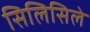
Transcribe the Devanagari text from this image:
सिलिसिले